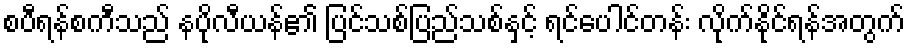
စပီရန်စကီသည် နပိုလီယန်၏ ပြင်သစ်ပြည်သစ်နှင့် ရင်ပေါင်တန်း လိုက်နိုင်ရန်အတွက်